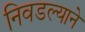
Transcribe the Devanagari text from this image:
निवडल्याने